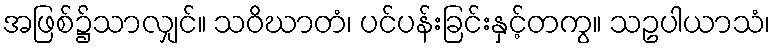
အဖြစ်၌သာလျှင်။ သဝိဃာတံ၊ ပင်ပန်းခြင်းနှင့်တကွ။ သဥပါယာသံ၊